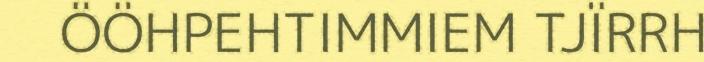
ÖÖHPEHTIMMIEM TJÏRRH